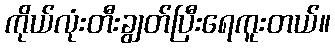
ကိုယ်လုံးတီးချွတ်ပြီးရေကူးတယ်။